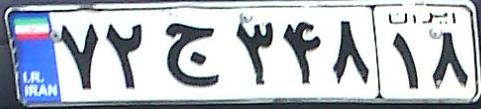
۷۲ج۳۴۸۱۸